Scottish Certificate of Education, 1963
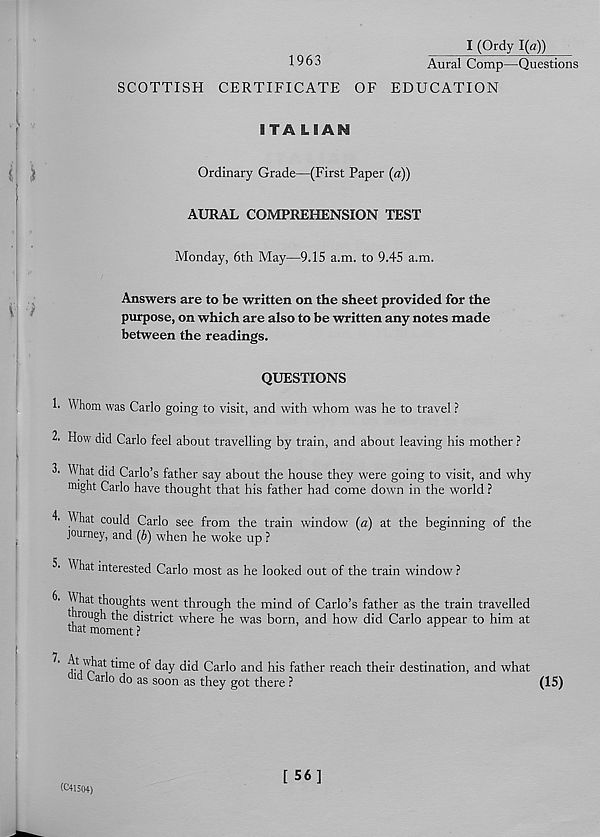
I (Ordy 1(a))
1963
Aural Comp—Questions
SCOTTISH CERTIFICATE OF EDUCATION
ITA LIAM
J
Ordinary Grade—(First Paper (a))
AURAL COMPREHENSION TEST
Monday, 6th May—9.15 a.m. to 9.45 a.m.
Answers are to be written on the sheet provided for the
purpose, on which are also to be written any notes made
between the readings.
QUESTIONS
h Whom was Carlo going to visit, and with whom was he to travel ?
2. How did Carlo feel about travelling by train, and about leaving his mother ?
3. What did Carlo’s father say about the house they were going to visit, and why
might Carlo have thought that his father had come down in the world ?
What could Carlo see from the train window (a) at the beginning of the
journey, and (b) when he woke up ?
^a t: interested Carlo most as he looked out of the train window?
th°U S htS went through the mind of Carlo’s father as the train travelled
rough the district where he was born, and how did Carlo appear to him at
mat moment ?
7 A .^t time of day did Carlo and his father reach their destination, and what
p
^
^a.iiu d-iici nib i
id Carlo do as soon as they got there ?
(15)
(C41504)
[ 56]